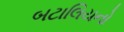
બટાલિયનો